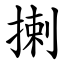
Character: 揦